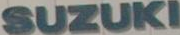
SUZUKI